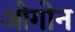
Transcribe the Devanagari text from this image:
ओगोन